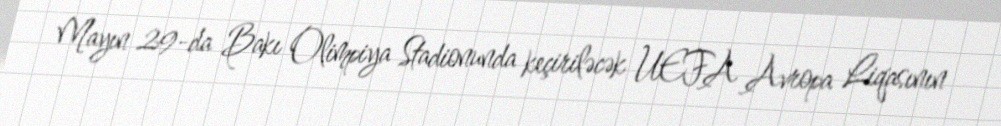
Mayın 29-da Bakı Olimpiya Stadionunda keçiriləcək UEFA Avropa Liqasının